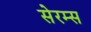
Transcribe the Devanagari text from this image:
सेरम्स